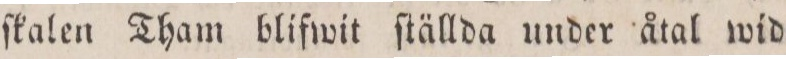
ſkalen Tham blifwit ſtällda under åtal wid